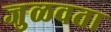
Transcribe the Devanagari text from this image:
जुळवता